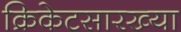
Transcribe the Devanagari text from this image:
क्रिकेटसारख्या